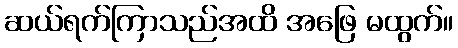
ဆယ်ရက်ကြာသည်အထိ အဖြေ မထွက်။